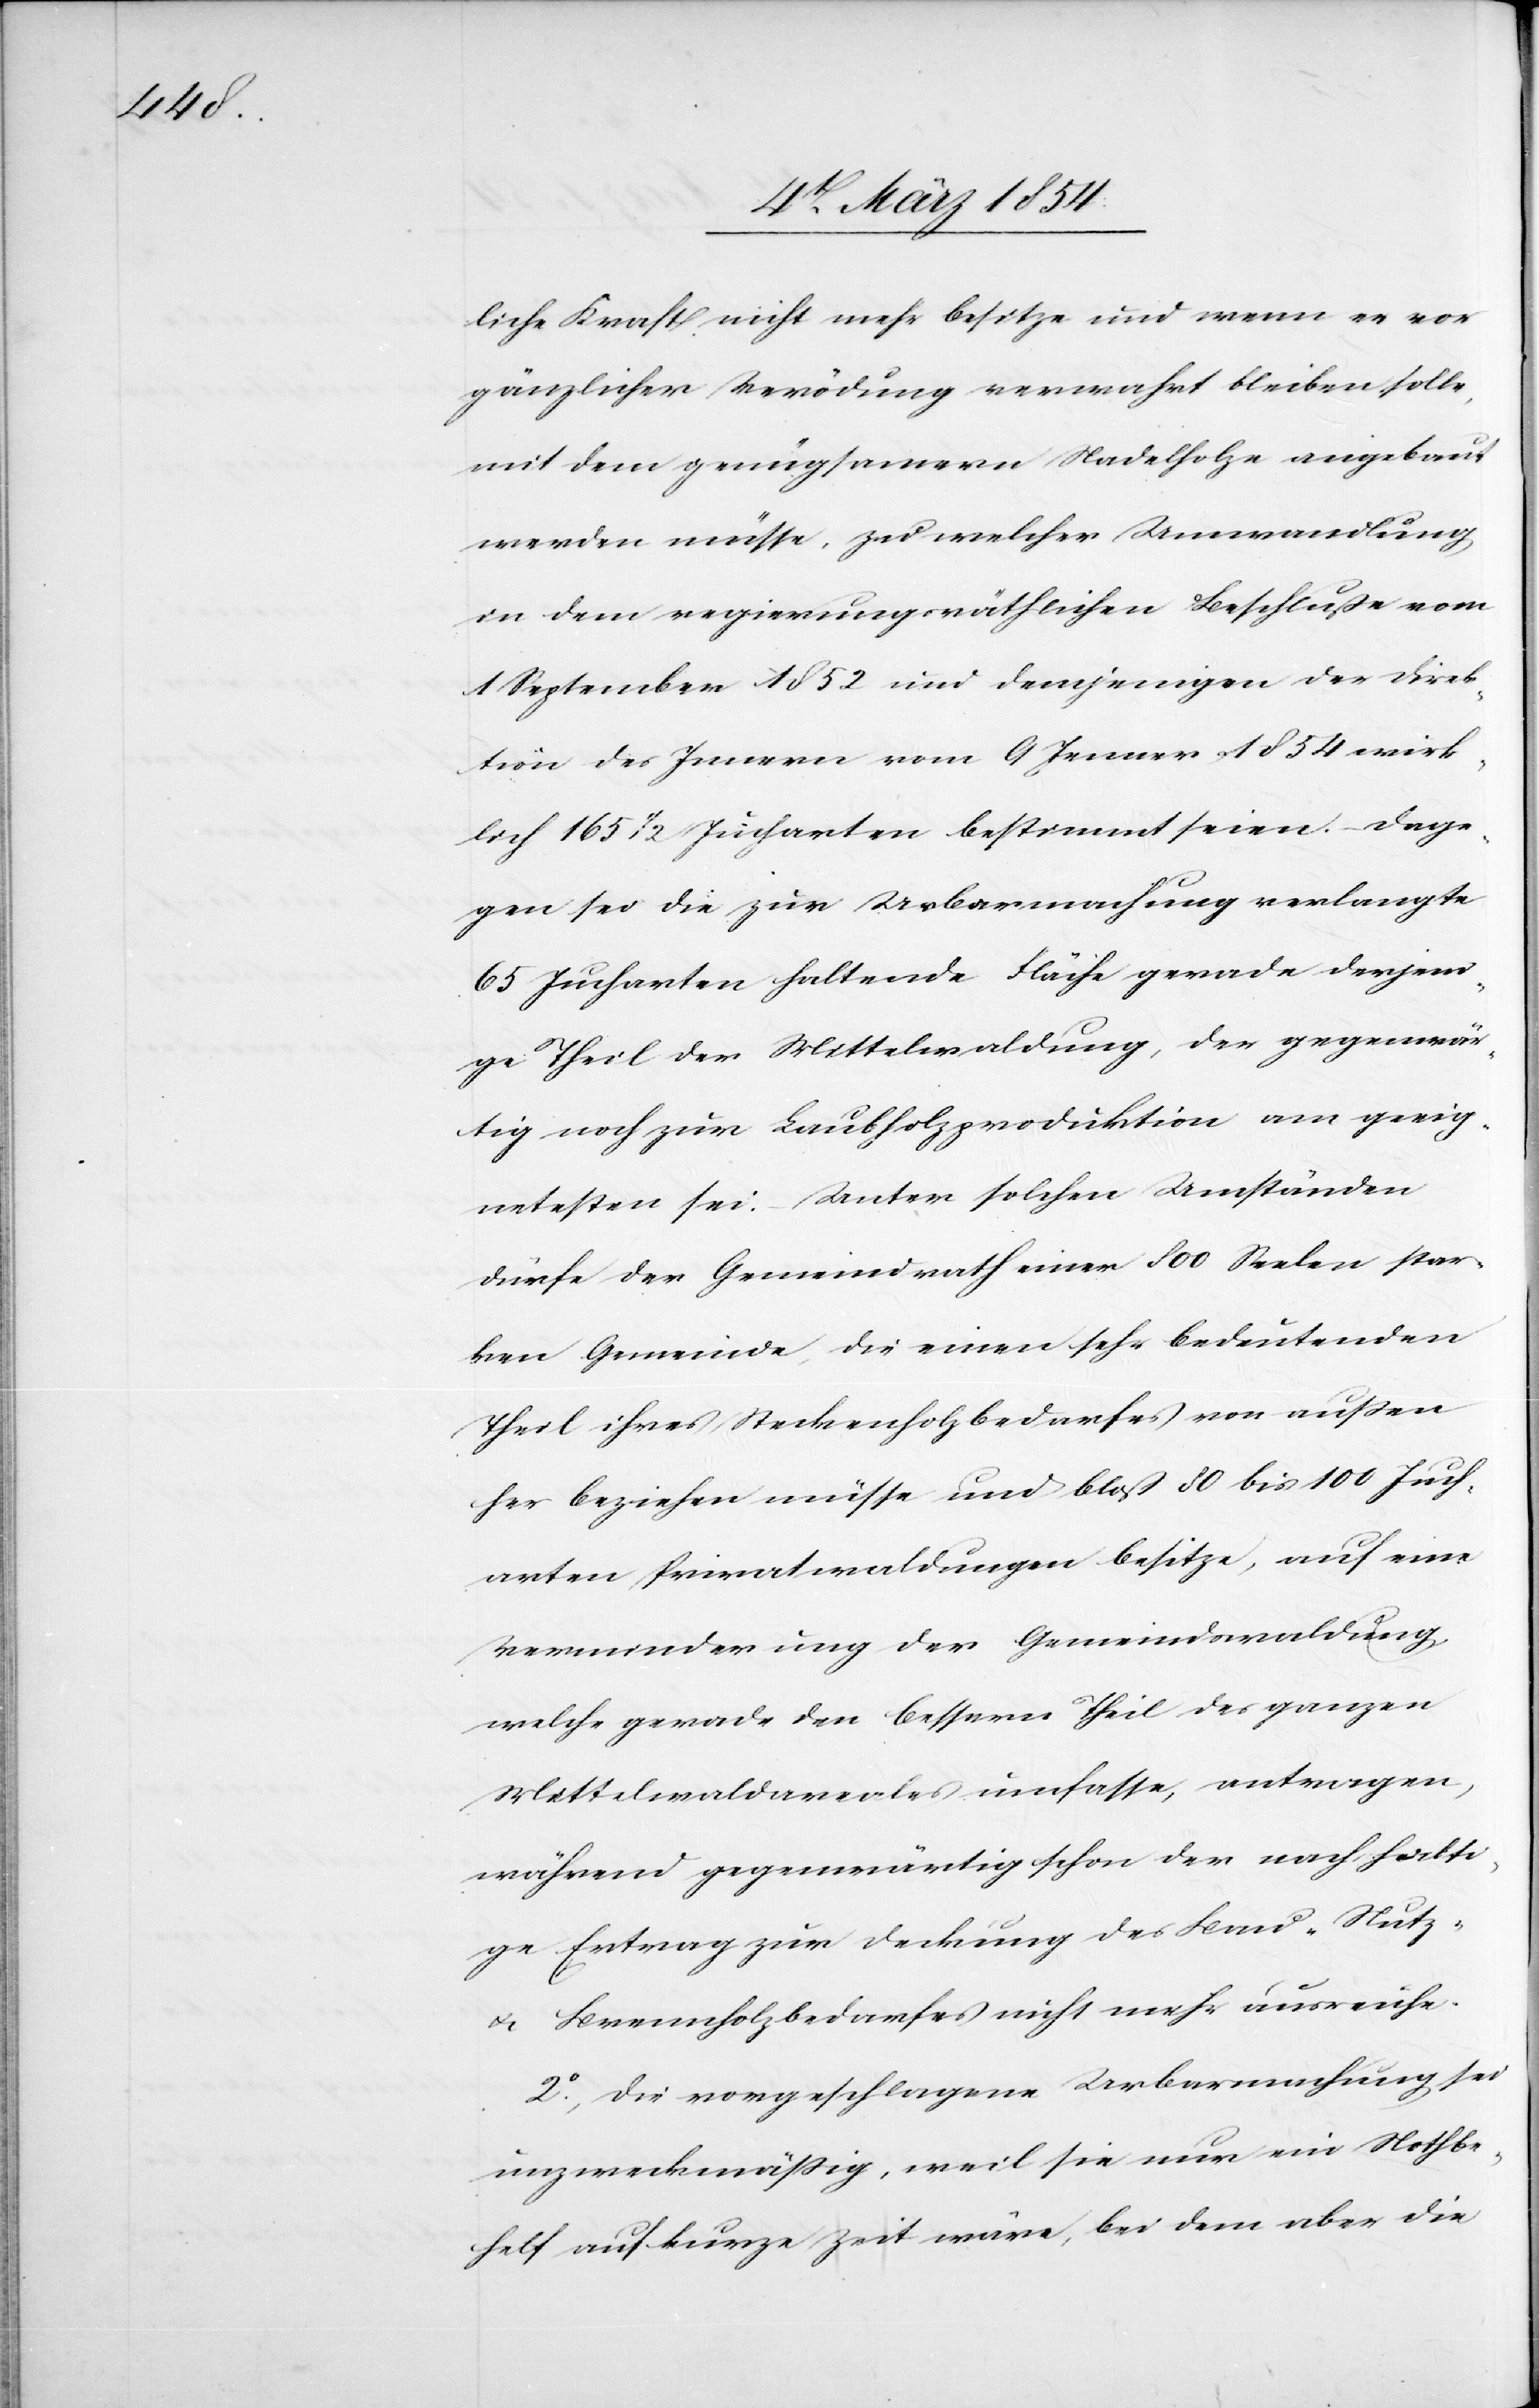
liche Kraft nicht mehr besitze und wenn er vor
gänzlicher Verödung verwahrt bleiben solle,
mit dem genügsamern Nadelholze angebaut
werden müsse, zu welcher Umwandlung
in dem regierungsräthlichen Beschluße vom
1 September 1852 und demjenigen der Direk¬
tion des Innern vom 9 Jenner 1854 wirk¬
lich 165 ½ Jucharten bestimmt seien. – Dage¬
gen sei die zur Urbarmachung verlangte
65 Jucharten haltende Fläche gerade derjeni¬
ge Theil der Mittelwaldung, der gegenwär¬
tig noch zur Laubholzproduktion am geeig¬
netesten sei. – Unter solchen Umständen
dürfe der Gemeindrath einer 800 Seelen star¬
ken Gemeinde, die einen sehr bedeutenden
Theil ihres Steckenholzbedarfes von auße¬
n beziehen müsse und bloß 80 bis 100 Juch¬
arten Privatwaldungen besitze, auf eine
Verminderung der Gemeindswaldung,
welche gerade den bessern Theil des ganzen
Mittelwaldareales umfasse, antragen,
während gegenwärtig schon der nachhalti¬
ge Ertrag zur Deckung der Bau-[,] Nutz-
u. Brennholzbedarfes nicht mehr ausreiche.
2o Die vorgeschlagene Urbarmachung sei
unzweckmäßig, weil sie nur ein Nothbe¬
halt auf kurze Zeit wäre, bei dem aber die